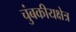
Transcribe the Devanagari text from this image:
चुंबकीयक्षेत्र